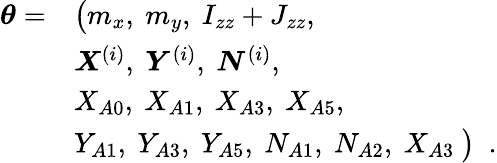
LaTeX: \begin{array}{rl}{\boldsymbol{\theta}=}&{\big(m_{x},~m_{y},~I_{zz}+J_{zz},~}\\ &{\boldsymbol{X}^{(i)},~\boldsymbol{Y}^{(i)},~\boldsymbol{N}^{(i)},}\\ &{X_{A0},~X_{A1},~X_{A3},~X_{A5},}\\ &{Y_{A1},~Y_{A3},~Y_{A5},~N_{A1},~N_{A2},~X_{A3}~\big)\enspace.}\end{array}